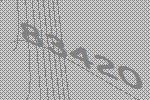
83420